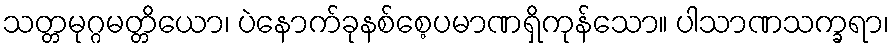
သတ္တမုဂ္ဂမတ္တိယော၊ ပဲနောက်ခုနစ်စေ့ပမာဏရှိကုန်သော။ ပါသာဏသက္ခရာ၊